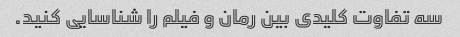
سه تفاوت کلیدی بین رمان و فیلم را شناسایی کنید.